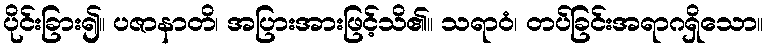
ပိုင်းခြား၍။ ပဇာနာတိ၊ အပြားအားဖြင့်သိ၏။ သရာဝံ၊ တပ်ခြင်းအရာဂရှိသော။